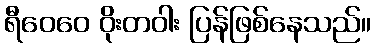
ရီဝေဝေ ဝိုးတဝါး ပြန်ဖြစ်နေသည်။